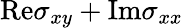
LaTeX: \mathrm{Re}\sigma_{xy}+\mathrm{Im}\sigma_{xx}